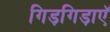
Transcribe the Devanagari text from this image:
गिड़गिड़ाएॅ